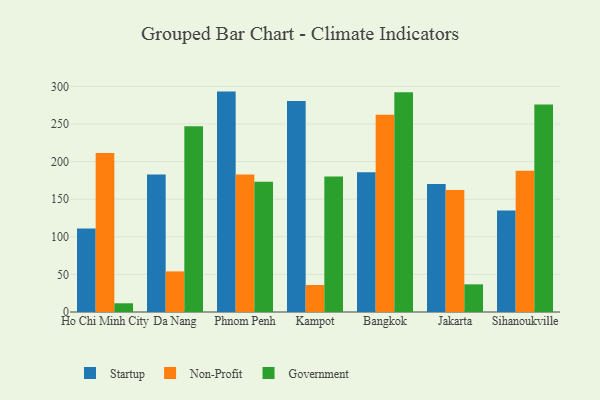
{"axis": {"x": "City", "y": "Inventory Turnover"}, "legend": ["Government", "Non-Profit", "Startup"], "data": [{"x": "Ho Chi Minh City", "y": 110.9, "type": "Startup"}, {"x": "Ho Chi Minh City", "y": 211.5, "type": "Non-Profit"}, {"x": "Ho Chi Minh City", "y": 11.6, "type": "Government"}, {"x": "Da Nang", "y": 182.9, "type": "Startup"}, {"x": "Da Nang", "y": 54.0, "type": "Non-Profit"}, {"x": "Da Nang", "y": 247.1, "type": "Government"}, {"x": "Phnom Penh", "y": 293.1, "type": "Startup"}, {"x": "Phnom Penh", "y": 182.9, "type": "Non-Profit"}, {"x": "Phnom Penh", "y": 173.1, "type": "Government"}, {"x": "Kampot", "y": 280.5, "type": "Startup"}, {"x": "Kampot", "y": 35.9, "type": "Non-Profit"}, {"x": "Kampot", "y": 180.1, "type": "Government"}, {"x": "Bangkok", "y": 185.9, "type": "Startup"}, {"x": "Bangkok", "y": 262.4, "type": "Non-Profit"}, {"x": "Bangkok", "y": 292.3, "type": "Government"}, {"x": "Jakarta", "y": 170.2, "type": "Startup"}, {"x": "Jakarta", "y": 162.1, "type": "Non-Profit"}, {"x": "Jakarta", "y": 36.8, "type": "Government"}, {"x": "Sihanoukville", "y": 134.9, "type": "Startup"}, {"x": "Sihanoukville", "y": 187.8, "type": "Non-Profit"}, {"x": "Sihanoukville", "y": 275.8, "type": "Government"}]}